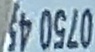
0750 45